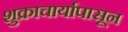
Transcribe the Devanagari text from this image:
शुक्राचार्यापासून